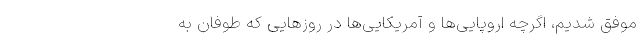
موفق شدیم، اگرچه اروپایی‌ها و آمریکایی‌ها در روزهایی که طوفان به